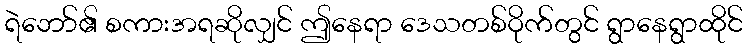
ရဲဘော်၏ စကားအရဆိုလျှင် ဤနေရာ ဒေသတစ်ဝိုက်တွင် ရွာနေရွာထိုင်